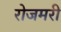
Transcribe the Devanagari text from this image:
रोजमरी